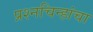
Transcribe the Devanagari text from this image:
प्रश्‍नचिन्हांचा